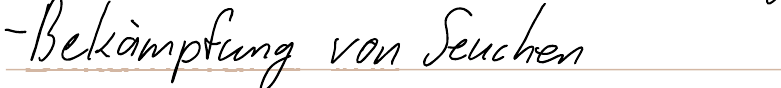
- Bekämpfung von Seuchen